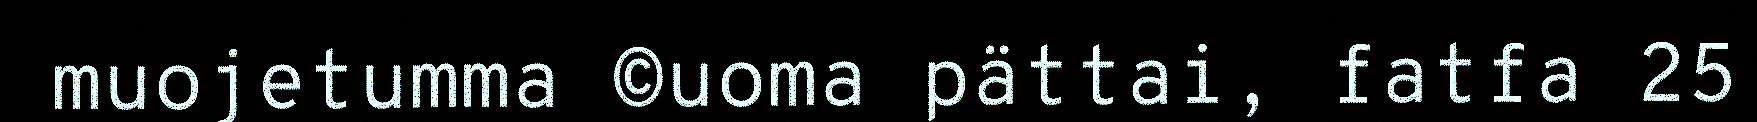
muojetumma ©uoma pättai, fatfa 25